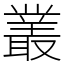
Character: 叢